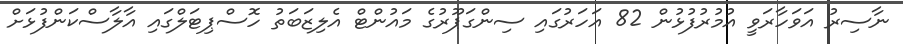
ނާސިރު އަވަހާރަވީ އުމުރުފުޅުން 82 އަހަރުގައި ސިންގަޕޫރުގެ މައުންޓް އެލިޒަބަތު ހޮސްޕިޓަލްގައި އާލާސްކަންފުޅަށް